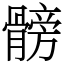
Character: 髈